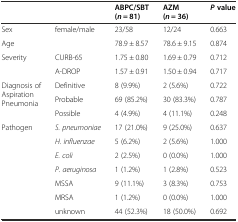
|  |  | ABPC/SBT ( n= 81) | AZM ( n= 36) | P value |
 | --- | --- | --- | --- | --- |
 | Sex | female/male | 23/58 | 12/24 | 0.663 |
 | Age |  | 78.9 ± 8.57 | 78.6 ± 9.15 | 0.874 |
 | Severity | CURB-65 | 1.75 ± 0.80 | 1.69 ± 0.79 | 0.712 |
 |  | A-DROP | 1.57 ± 0.91 | 1.50 ± 0.94 | 0.717 |
 | <ROWSPAN=3> Diagnosis of Aspiration Pneumonia | Definitive | 8 (9.9%) | 2 (5.6%) | 0.722 |
 | Probable | 69 (85.2%) | 30 (83.3%) | 0.787 |
 | Possible | 4 (4.9%) | 4 (11.1%) | 0.248 |
 | Pathogen | S. pneumoniae | 17 (21.0%) | 9 (25.0%) | 0.637 |
 |  | H. influenzae | 5 (6.2%) | 2 (5.6%) | 1.000 |
 |  | E. coli | 2 (2.5%) | 0 (0.0%) | 1.000 |
 |  | P. aeruginosa | 1 (1.2%) | 1 (2.8%) | 0.523 |
 |  | MSSA | 9 (11.1%) | 3 (8.3%) | 0.753 |
 |  | MRSA | 1 (1.2%) | 0 (0.0%) | 1.000 |
 |  | unknown | 44 (52.3%) | 18 (50.0%) | 0.692 |